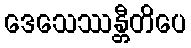
ဒေသေဿန္တီတိပေ